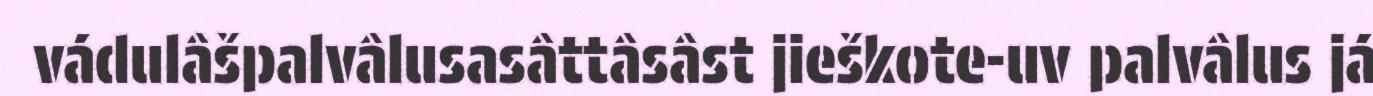
vádulâšpalvâlusasâttâsâst jieškote-uv palvâlus já